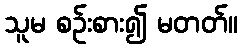
သူမ စဉ်းစား၍ မတတ်။